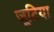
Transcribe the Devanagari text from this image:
जूटिया